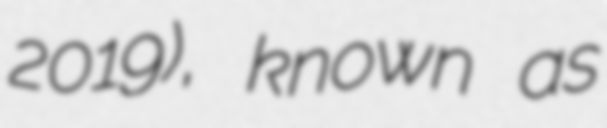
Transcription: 2019), known as